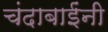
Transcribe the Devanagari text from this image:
चंदाबाईंनी